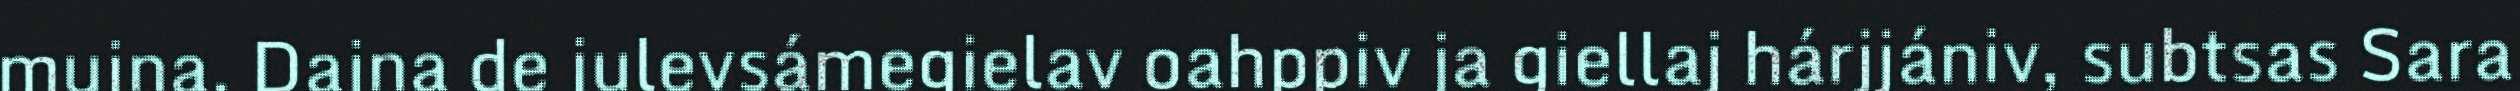
mujna. Dajna de julevsámegielav oahppiv ja giellaj hárjjániv, subtsas Sara